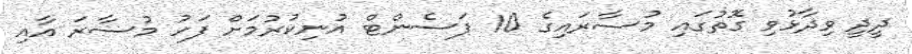
ދީދީ ވިދާޅުވި ގޮތުގައި މުސާރައިގެ 10 ޕަސެންޓް އުނިކުރުމަށް ފަހު މުސާރަ އާއި